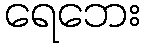
ရေဘေး